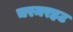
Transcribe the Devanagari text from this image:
चरमरहट